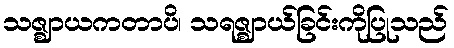
သဇ္ဈာယကတာပိ၊ သရဇ္ဈာယ်ခြင်းကိုပြုသည်